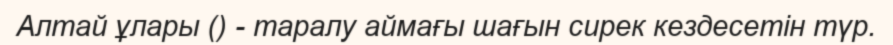
Алтай ұлары () - таралу аймағы шағын сирек кездесетін түр.